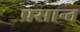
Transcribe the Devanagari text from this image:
प्रसान्त